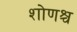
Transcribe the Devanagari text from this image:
शोणश्च